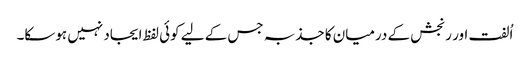
اُلفت اور رنجش کے درمیان کا جذبہ جس کے لیے کوئی لفظ ایجاد نہیں ہوسکا۔